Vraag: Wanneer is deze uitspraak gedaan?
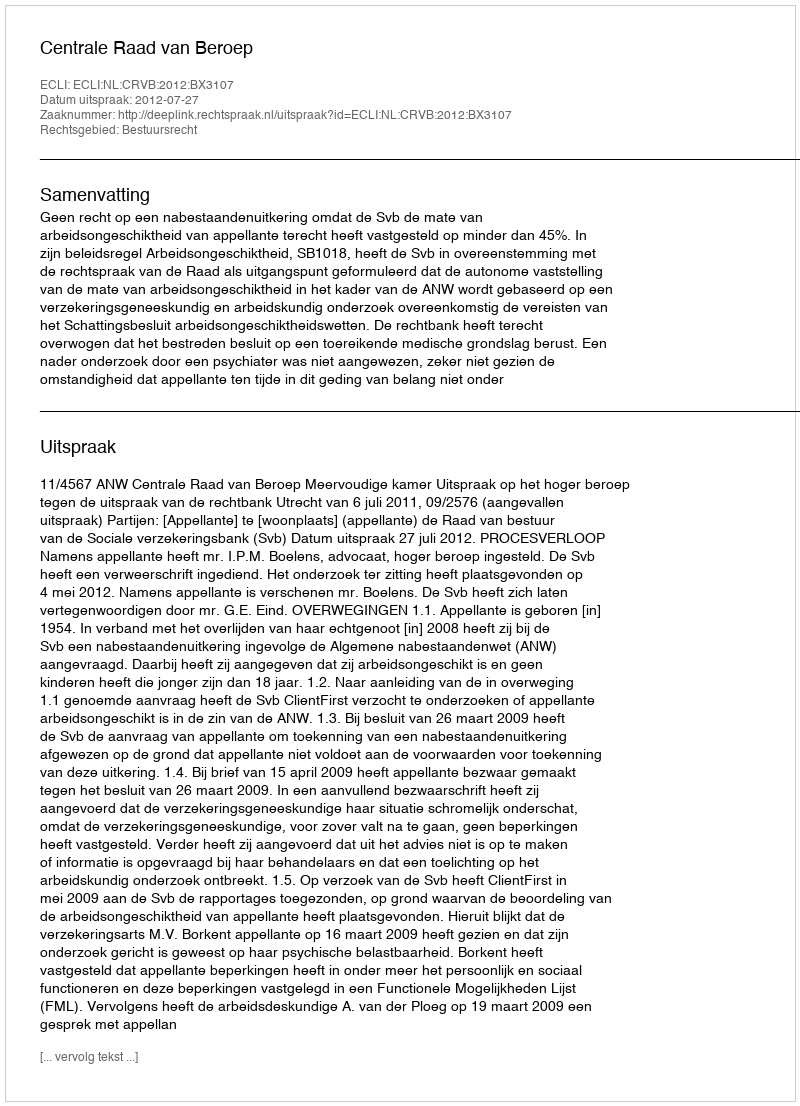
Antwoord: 2012-07-27